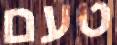
טעם